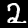
Label: 2